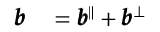
\begin{array} { r l } { \pmb { b } } & { { } = \pmb { b } ^ { \Vert } + \pmb { b } ^ { \bot } } \end{array}